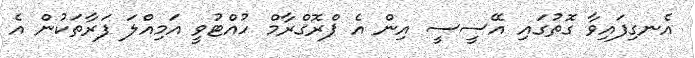
އެނގިފައިވާ ގޮތުގައި އޭސީސީ އިން އެ ޕްރޮގްރާމް ހުއްޓުވީ އަމިއްލަ ފަރާތަކުން އެ